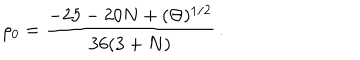
\rho _ { 0 } = \frac { - 2 5 - 2 0 N + ( \Theta ) ^ { 1 / 2 } } { 3 6 ( 3 + N ) } \, .